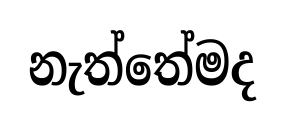
නැත්තේමද